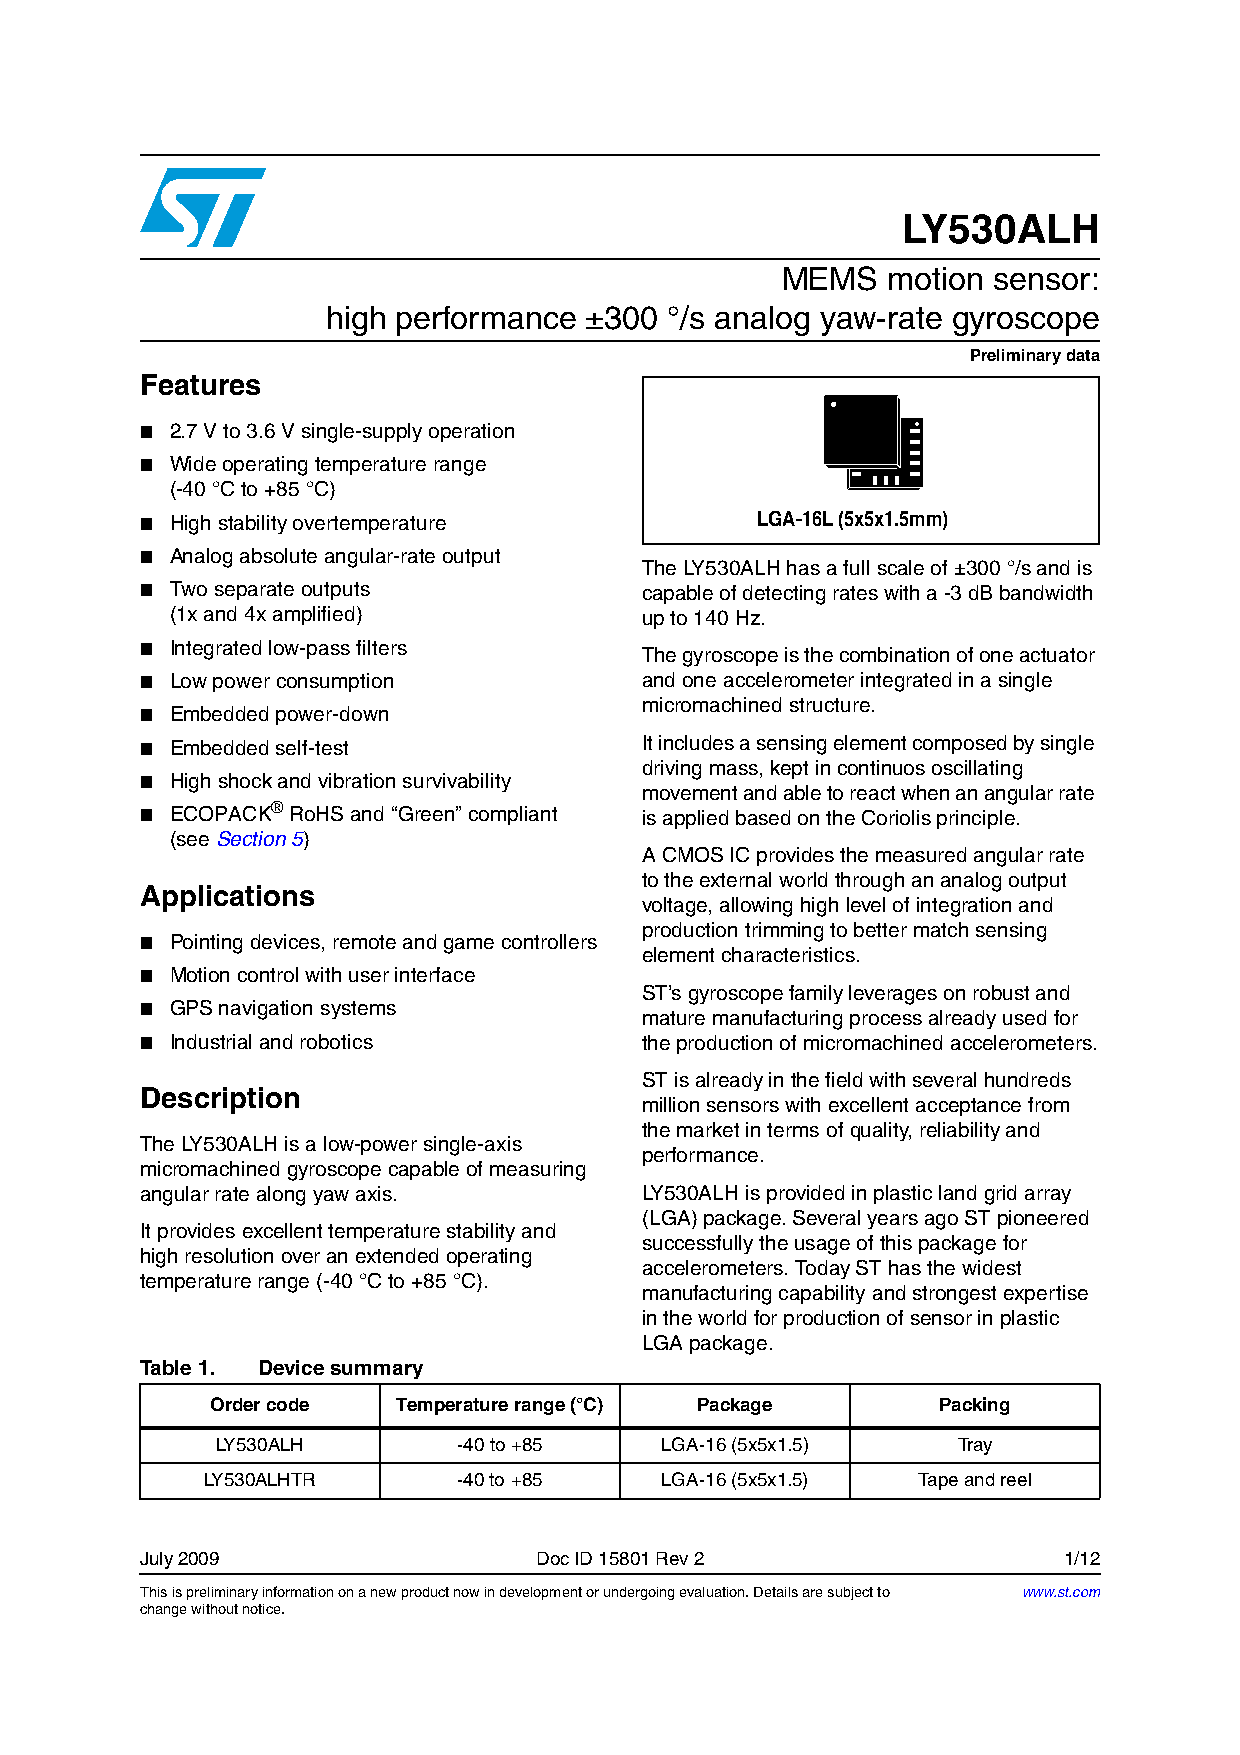
LY530ALH
 MEMS   motion sensor:
 high performance ±300 °/s analog yaw-rate gyroscope
 Preliminary data
 Features
 ■ 2.7 V to 3.6 V single-supply operation
 ■ Wide operating temperature range
 (-40 °C to +85 °C)
 ■ High stability overtemperature         LGA-16L (5x5x1.5mm)
 ■ Analog absolute angular-rate output
 The LY530ALH has a full scale of ±300 °/s and is
 ■ Two separate outputs            capable of detecting rates with a -3 dB bandwidth
 (1x and 4x amplified)           up to 140 Hz.
 ■ Integrated low-pass filters
 The gyroscope is the combination of one actuator
 ■ Low power consumption           and one accelerometer integrated in a single
 micromachined structure.
 ■ Embedded power-down
 ■ Embedded self-test              It includes a sensing element composed by single
 driving mass, kept in continuos oscillating
 ■ High shock and vibration survivability
 movement and able to react when an angular rate
 ■ ECOPACK® RoHS and “Green” compliant is applied based on the Coriolis principle.
 (see Section5)
 A CMOS IC provides the measured angular rate
 to the external world through an analog output
 Applications
 voltage, allowing high level of integration and
 production trimming to better match sensing
 ■ Pointing devices, remote and game controllers
 element characteristics.
 ■ Motion control with user interface
 ST’s gyroscope family leverages on robust and
 ■ GPS navigation systems
 mature manufacturing process already used for
 ■ Industrial and robotics         the production of micromachined accelerometers.
 ST is already in the field with several hundreds
 Description
 million sensors with excellent acceptance from
 the market in terms of quality, reliability and
 The LY530ALH is a low-power single-axis
 performance.
 micromachined gyroscope capable of measuring
 angular rate along yaw axis.      LY530ALH is provided in plastic land grid array
 (LGA) package. Several years ago ST pioneered
 It provides excellent temperature stability and
 successfully the usage of this package for
 high resolution over an extended operating
 accelerometers. Today ST has the widest
 temperature range (-40 °C to +85 °C).
 manufacturing capability and strongest expertise
 in the world for production of sensor in plastic
 LGA package.
 Table 1. Device summary
 Order code  Temperature range (°C) Package      Packing
 LY530ALH        -40 to +85    LGA-16 (5x5x1.5)   Tray
 LY530ALHTR       -40 to +85    LGA-16 (5x5x1.5) Tape and reel
 July 2009                 Doc ID 15801 Rev 2                 1/12
 This is preliminary information on a new product now in development or undergoing evaluation. Details are subject to www.st.com 12
 change without notice.